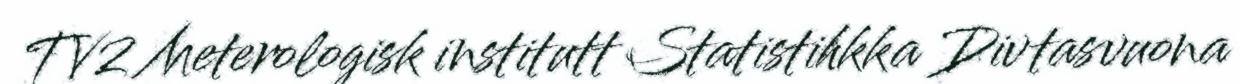
TV2 Meterologisk institutt Statistihkka Divtasvuona